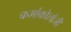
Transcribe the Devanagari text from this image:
फर्माकोलोजी